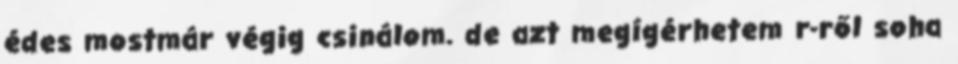
édes mostmár végig csinálom. de azt megígérhetem r-ről soha